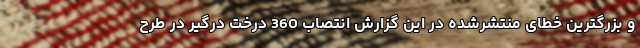
و بزرگترین خطای منتشرشده در این گزارش انتصاب 360 درخت درگير در طرح